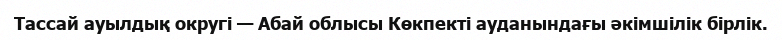
Тассай ауылдық округі — Абай облысы Көкпекті ауданындағы әкімшілік бірлік.